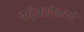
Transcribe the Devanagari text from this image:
पेट्रिबशीमध्ये